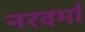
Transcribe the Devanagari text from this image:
नरवर्मा